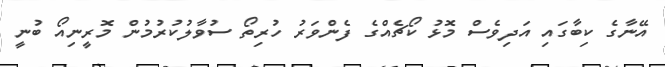
އޭނާގެ ކިބާގައި އަދިވެސް މޮޅު ކޯޗެއްގެ ފެންވަރު ހުރިތޯ ސުވާލުކުރުމުން މޮރީނިއޯ ބުނީ